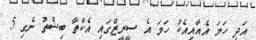
އަދި ހަމަ އެއާއިއެކު ހަމަ އެ ސީރީޒްގައި އެކްތާ ބިޝްތު ނެގި 5